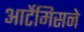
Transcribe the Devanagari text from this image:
आर्टेमिसने